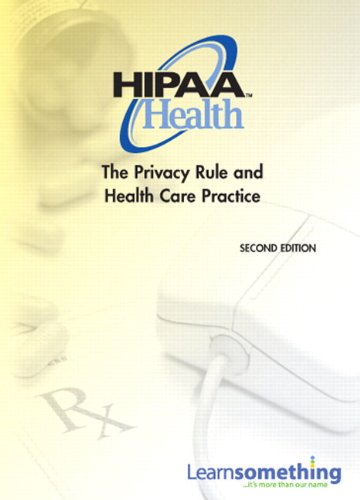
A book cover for Student Access Code Card for HIPAA Privacy: The Privacy Rule and Health Care Practice; LearnSomething LearnSomething; Law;